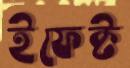
ইফেক্ট